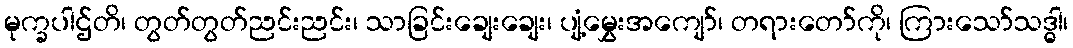
မုက္ခပါဌ်တိ၊ တွတ်တွတ်ညင်းညင်း၊ သာခြင်းချေးချေး၊ ပျံ့မွှေးအကျော်၊ တရားတော်ကို၊ ကြားသော်သဒ္ဓါ၊